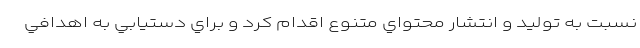
نسبت به توليد و انتشار محتواي متنوع اقدام كرد و براي دستيابي به اهدافي